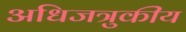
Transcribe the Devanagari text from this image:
अधिजत्रुकीय